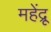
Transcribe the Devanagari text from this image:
महेंद्रू